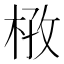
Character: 𭪔